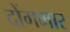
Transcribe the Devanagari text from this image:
दोंगमार